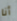
أنا